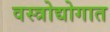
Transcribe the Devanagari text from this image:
वस्त्रोद्योगात